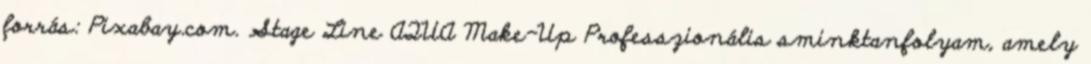
forrás: Pixabay.com. Stage Line AQUA Make-Up Professzionális sminktanfolyam, amely